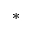
^ \ast